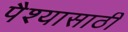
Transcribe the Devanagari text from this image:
पैश्यासाठी